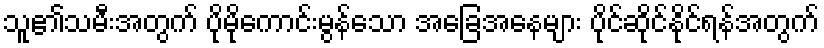
သူ၏သမီးအတွက် ပိုမိုကောင်းမွန်သော အခြေအနေများ ပိုင်ဆိုင်နိုင်ရန်အတွက်